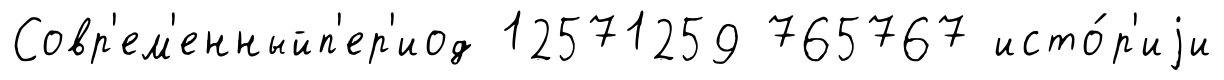
Совр'ем'енныйп'ер'иод 12571259 765767 исто́р'иjи